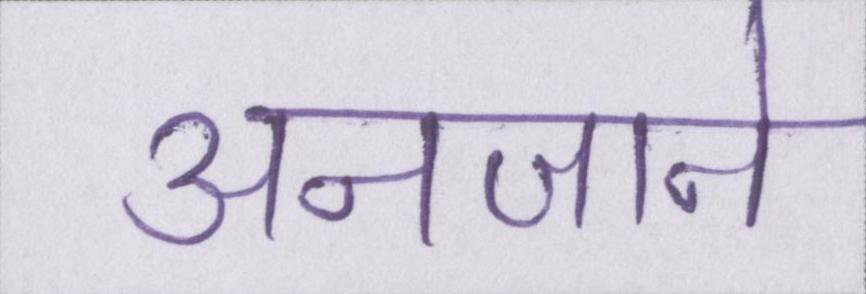
अनजाने